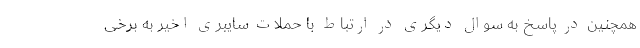
همچنین در پاسخ به سوال دیگری در ارتباط با حملات سایبری اخیر به برخی